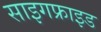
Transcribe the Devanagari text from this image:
साइगफ्राइड